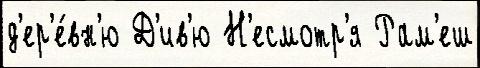
д'ер'е́вн'ю Д'ив'ю Н'есмотр'я Рам'еш